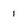
Character: 1